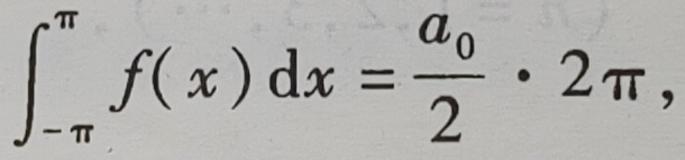
\[
\int_{-\pi}^{\pi} f(x) \mathrm{d}x = \frac{a_0}{2} \cdot 2\pi,
\]